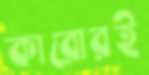
কারোরই